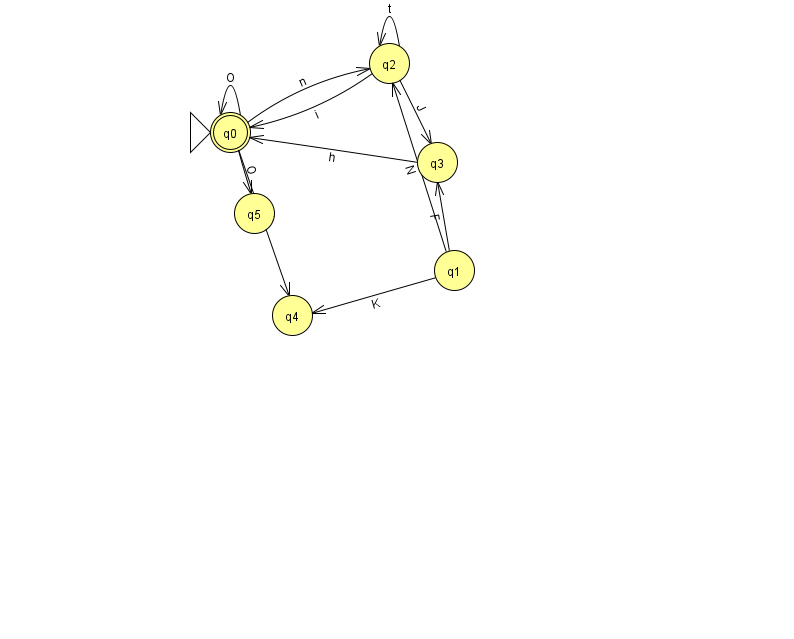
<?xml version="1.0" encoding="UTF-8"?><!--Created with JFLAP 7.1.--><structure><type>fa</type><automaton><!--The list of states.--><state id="0" name="q0"><x>230.0</x><y>119.0</y><initial/><final/></state><state id="1" name="q1"><x>454.0</x><y>257.0</y></state><state id="2" name="q2"><x>389.0</x><y>50.0</y></state><state id="3" name="q3"><x>437.0</x><y>149.0</y></state><state id="4" name="q4"><x>292.0</x><y>302.0</y></state><state id="5" name="q5"><x>254.0</x><y>200.0</y></state><!--The list of transitions.--><transition><from>2</from><to>3</to><read>J</read></transition><transition><from>3</from><to>0</to><read>h</read></transition><transition><from>1</from><to>4</to><read>K</read></transition><transition><from>2</from><to>2</to><read>t</read></transition><transition><from>2</from><to>0</to><read>i</read></transition><transition><from>1</from><to>2</to><read>N</read></transition><transition><from>0</from><to>5</to><read>O</read></transition><transition><from>0</from><to>2</to><read>n</read></transition><transition><from>1</from><to>3</to><read>F</read></transition><transition><from>0</from><to>0</to><read>O</read></transition><transition><from>0</from><to>4</to><read>b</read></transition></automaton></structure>